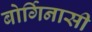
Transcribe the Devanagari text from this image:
बोर्गिनासी